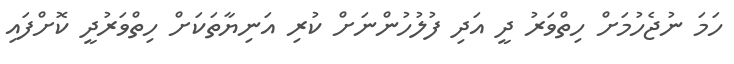
ހަމަ ނުޖެހުމަށް ހިތްވަރު ދީ އަދި ފުލުހުންނަށް ކުރި އަނިޔާތަކަށް ހިތްވަރުދީ ކޮށްފައި